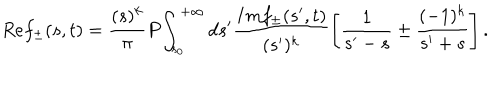
LaTeX: R e f _ { \pm } ( s , t ) = \frac { ( s ) ^ { k } } { \pi } P \! \int _ { s _ { 0 } } ^ { + \infty } d s ^ { \prime } \frac { I m f _ { \pm } ( s ^ { \prime } , t ) } { ( s ^ { \prime } ) ^ { k } } \left[ \frac { 1 } { s ^ { \prime } - s } \pm \frac { ( - 1 ) ^ { k } } { s ^ { \prime } + s } \right] .